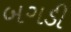
બગડી